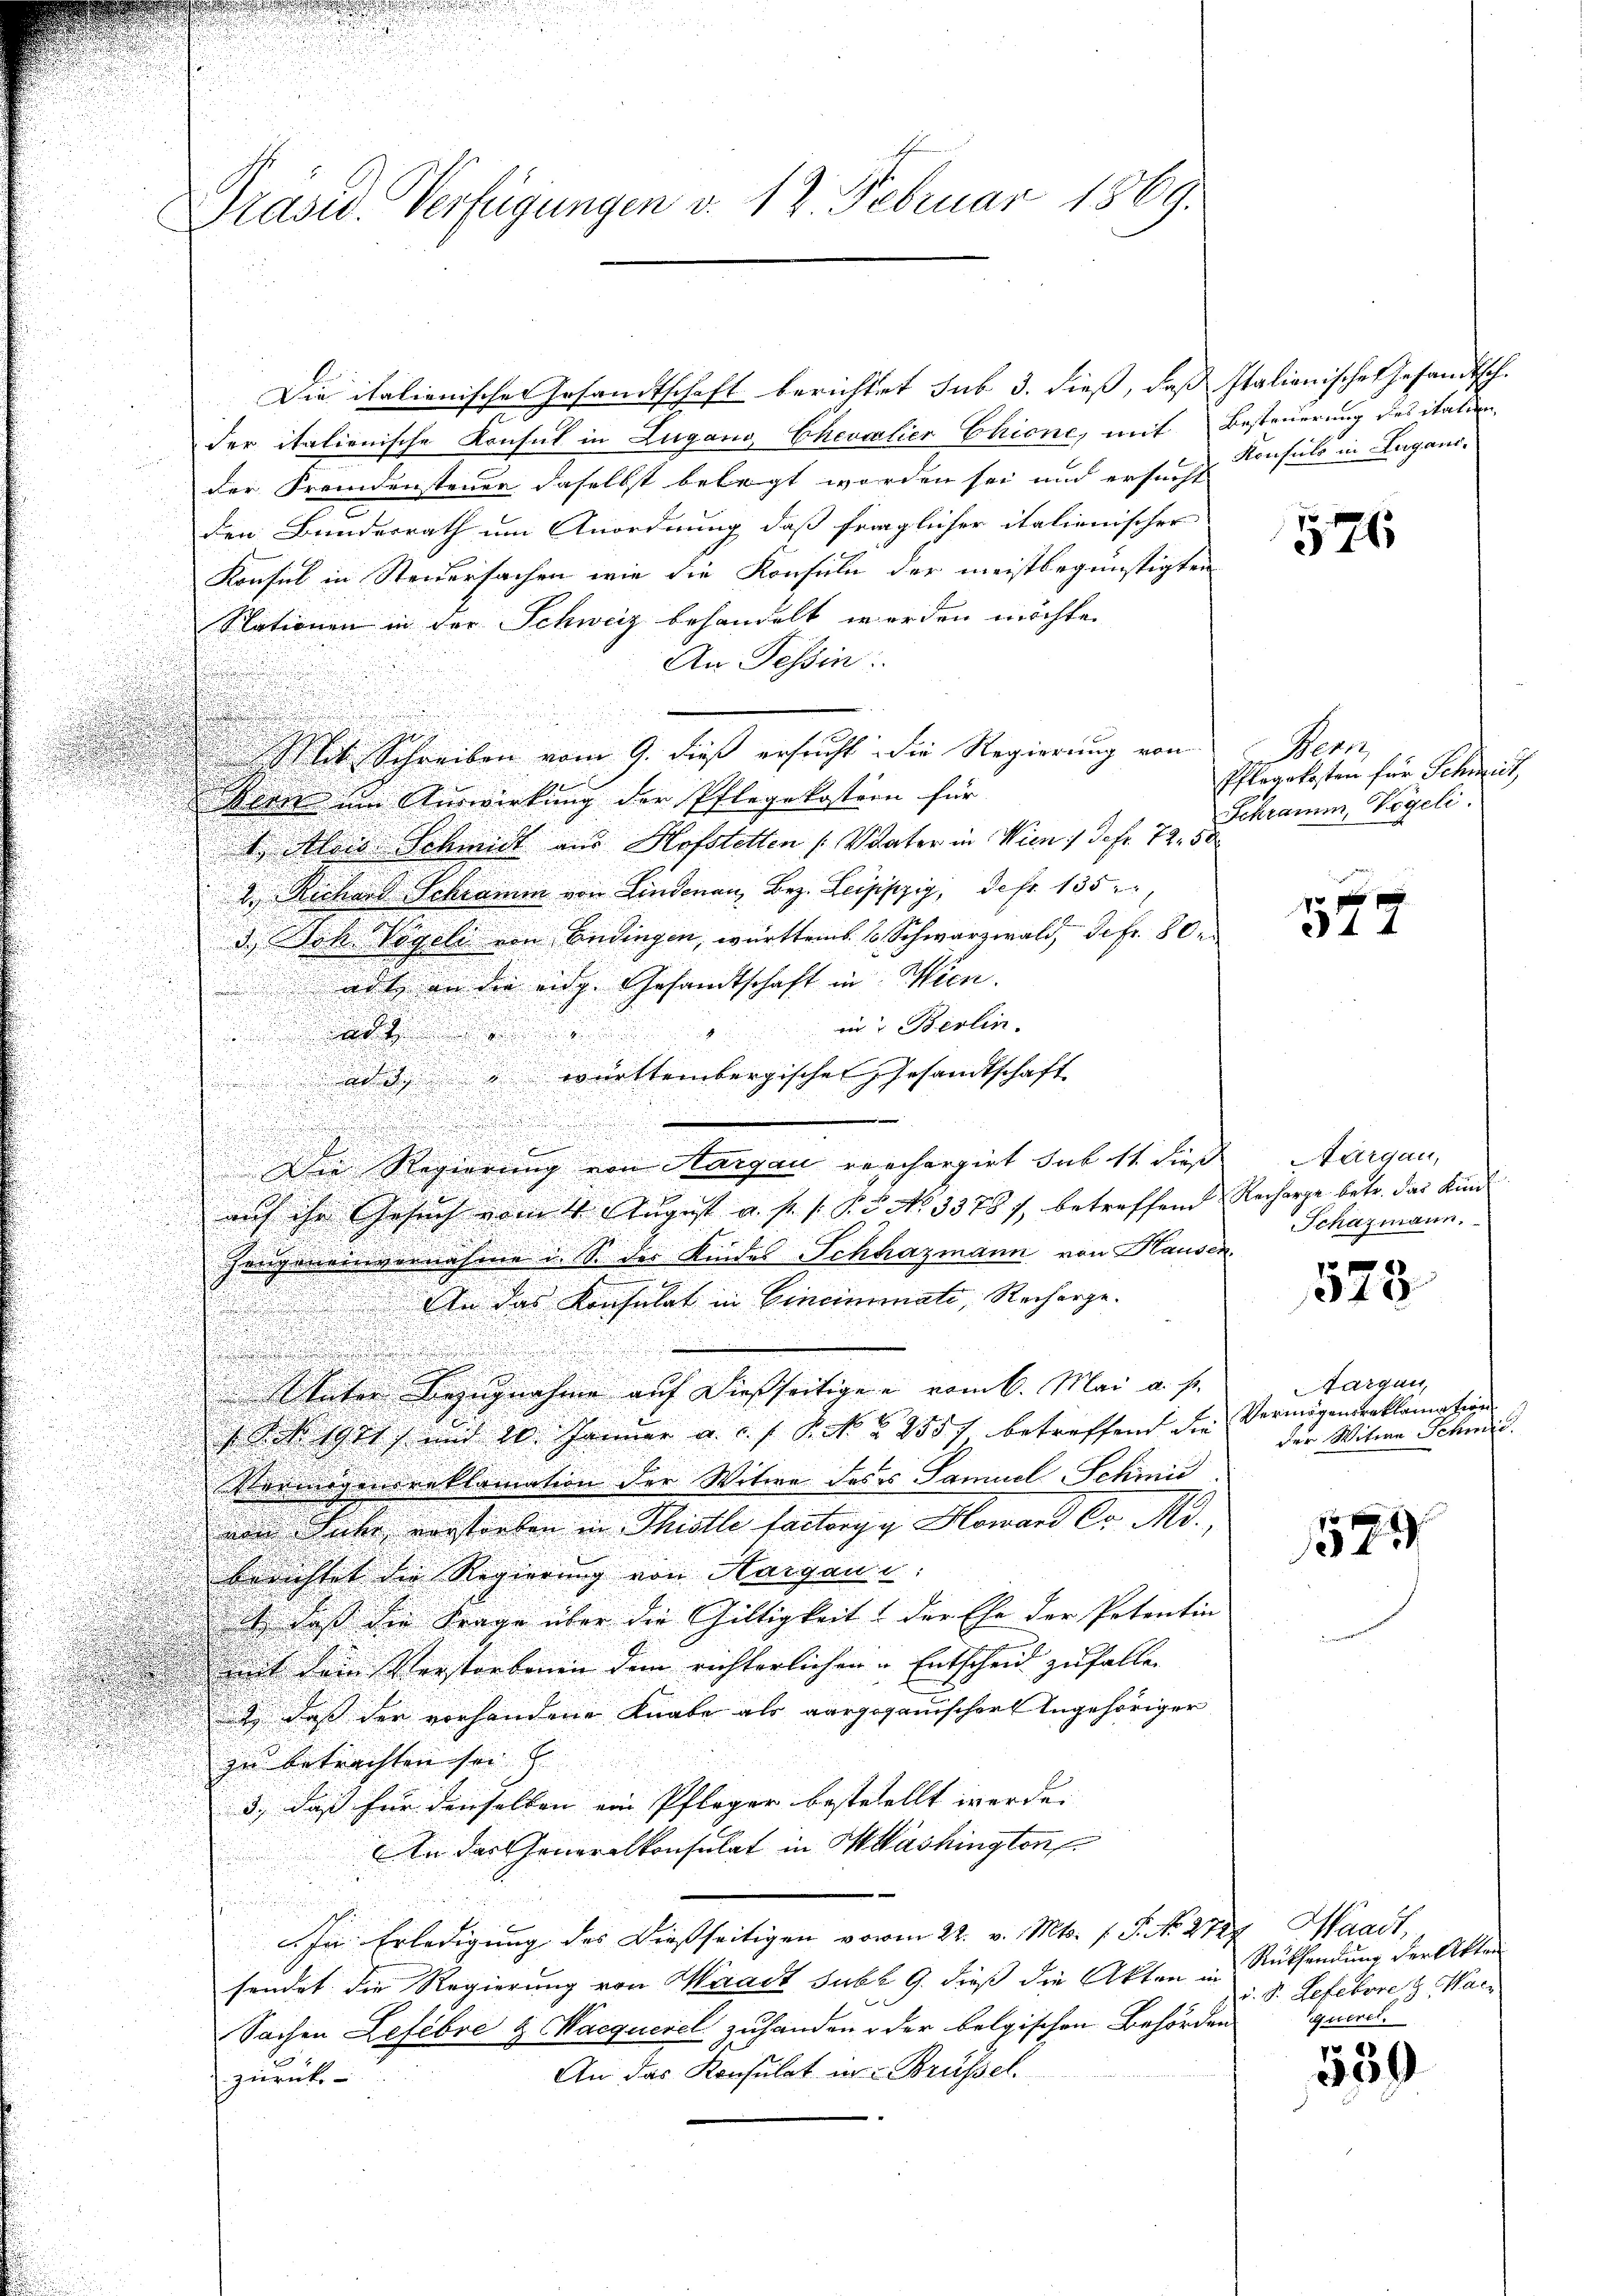
Grasw. Verfügungen v. 12. Februar 1869.

Die italienische Ersandtschaft berichtet sub 3. dieß, daß Italienische Gesandtsch.
der italienische Konsul in Lugang Chevalier Chione, mit Besteuerung des italien-
der Fremdensteuer daselbst belegt worden sei und ersucht Konsuls in Lugano.
den Bundesrath um Anordnung, daß fraglicher italienischer
Konsul in Steidersachen wie die Konsuln der meistbegünstigten
Nationen in der Schweiz behandelt werden möchte.
An Tessin:
t Schreiben vom 9. dieß ersucht die Regierung von
sen im Auswirkung der Pflegekostern für
.
1. Alois Schmidt aus Hofstellen (Vater in Wien :/ defr. 72. 58
d. Richard Schramm von Linderau, Bez. Leipzig, defr. 135
d. Bek. Vögeli von Endingen, württems. 6 Schwarzwald, de fr. 80.
adt an die eidg. Gesandtschaft in Wien.
.
in Berlin.

a
ad 3. württembergischen Gesandtschaft

.
i
.

u
u

.
u
Die Regierung von Aargau verrchargirt sub 11. dieß

auf ihr Gesuch vom 1. August a. p. s. S. 5. No. 3378 f. betreffend

Hangeneinvernahme u. S. der Kindes Schwazmann von Hausen
n

.
u
An das Konsulat in Cincimmati, Recharge¬

.
 unter Bezugnahme auf dießseitigen vom 6. Mai a. f.
get, und 20. Januar a. c. f. P. Nr. 2557 betreffend die
Vermögensreklamation der Witwe des es Samuel-Schinis
uin Siche vorstorben in Thistle factorgg Howard C. R.,
24
berichtet die Regierung von Aargaui
i, daß die Frage über die Gültigkeit der Ehe der Potentin
mit den Verstorbenen dem richterlichen - Entscheid zufallen.
 daß der vorhandene Knabe als vorgeganischer Angehöriger
zu betrachten sei & |
3., daß für denselben ein Pfleger bestehellt werde. |
An das Generalkonsulat in Washington
In Erledigung des Diesseitigen vorm 22. v. Mts. f. S. No. 272
sendet die Regierung von Waadt subt 9. dieß die Akten in

Sachen Lefebre d. Macquerel zuhanden oder belgischen Behörden querel
An das Konsulat in Brüssel.
zurück

576

Pepe
Pflegekosten für Schweil,
Schramm, Vögeli.

577

Aargau,
Recharge betr. das Kin¬
Schazmann.

523.

Margau,
Vermögensreklamation
der Witwe Schmie

15

Waadt,
Rükhendung der Akten
v. St. Gefebores Waiz

550